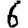
Digit: 6